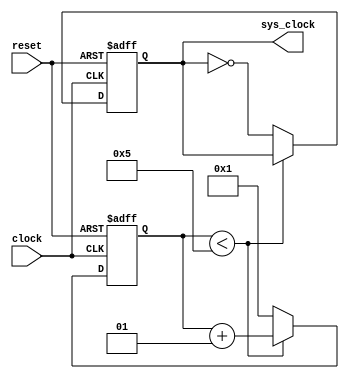
module ManipulaClock (input clock, input reset, output reg sys_clock);
integer contador = 0;
always @(posedge clock or posedge reset)
begin
	if (reset)
	begin
		contador <= 0;
		sys_clock = 0;
	end
	else
	begin
		
		if (contador<5)
		begin
			contador = contador + 1;
		end
		else
		begin
			sys_clock = ~sys_clock;
			contador = 1;
		end
	end
end
endmodule